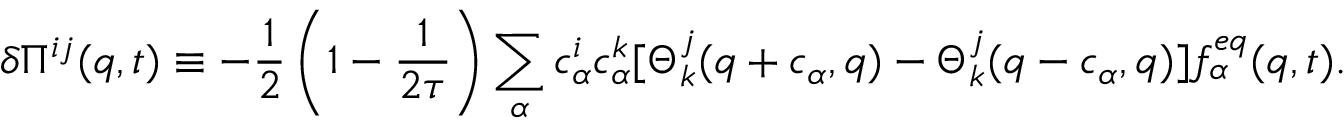
\delta { \Pi } ^ { i j } ( { q } , t ) \equiv - \frac { 1 } { 2 } \left( 1 - \frac { 1 } { 2 \tau } \right) \sum _ { \alpha } { c } _ { \alpha } ^ { i } { c } _ { \alpha } ^ { k } [ \Theta _ { k } ^ { j } ( { q } + { c } _ { \alpha } , { q } ) - \Theta _ { k } ^ { j } ( { q } - { c } _ { \alpha } , { q } ) ] f _ { \alpha } ^ { e q } ( { q } , t ) .